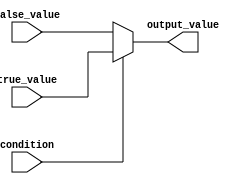
module conditional_operator (
    input wire condition,
    input wire true_value,
    input wire false_value,
    output reg output_value
);

always @* begin
    output_value = (condition) ? true_value : false_value;
end

endmodule